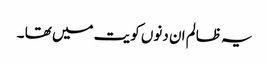
یہ ظالم ان دنوں کویت میں تھا ۔